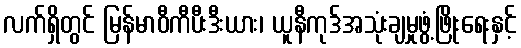
လက်ရှိတွင် မြန်မာဝီကီပီးဒီးယား၊ ယူနီကုဒ်အသုံးချမှုဖွံ့ဖြိုးရေးနှင့်